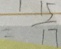
\frac { 1 5 } { 1 7 }